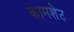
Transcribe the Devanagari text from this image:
कामशेट